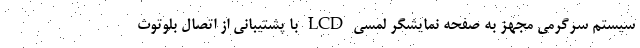
سیستم سرگرمی مجهز به صفحه نمایشگر لمسی LCD با پشتیبانی از اتصال بلوتوث